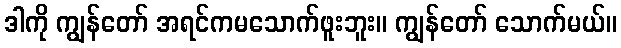
ဒါကို ကျွန်တော် အရင်ကမသောက်ဖူးဘူး။ ကျွန်တော် သောက်မယ်။